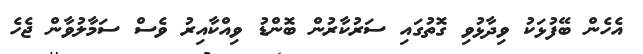
އެހެން ބޭފުޅަކު ވިދާޅުވި ގޮތުގައި ސަރުކާރުން ބޮންޑު ވިއްކާއިރު ވެސް ސަމާލުވާން ޖެހެ